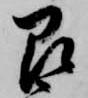
即